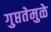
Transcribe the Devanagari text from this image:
गुप्ततेमुळे